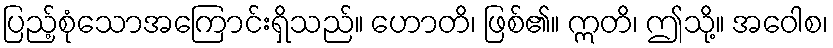
ပြည့်စုံသောအကြောင်းရှိသည်။ ဟောတိ၊ ဖြစ်၏။ ဣတိ၊ ဤသို့။ အဝေါစ၊